Senior Leaving Certificate Examination (including Day School Certificate (Higher) General paper), 1948
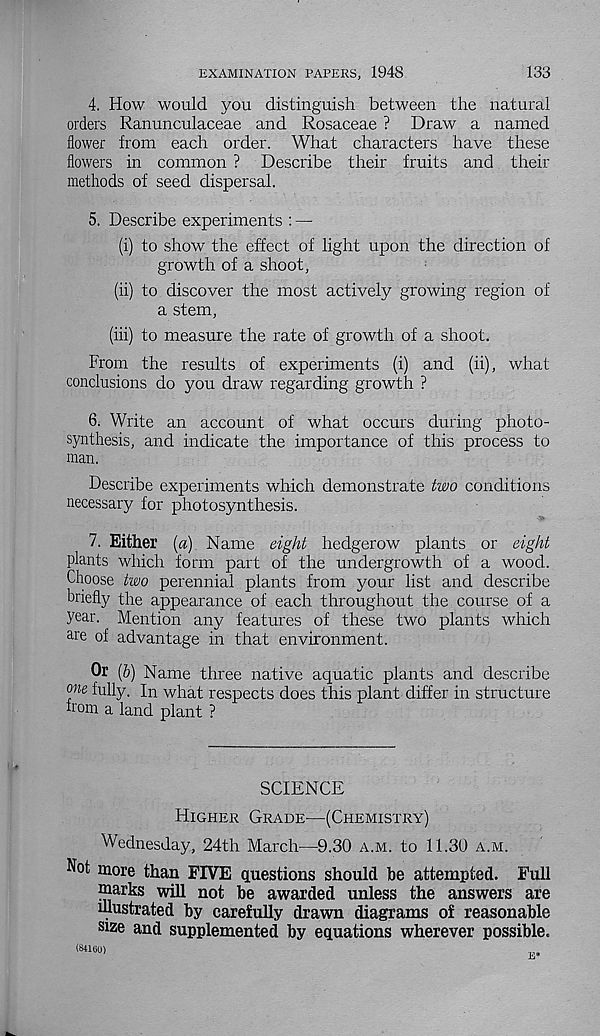
EXAMINATION PAPERS, 1948
133
4. How would you distinguish between the natural
orders Ranunculaceae and Rosaceae ? Draw a named
flower from each order. What characters have these
flowers in common ? Describe their fruits and their
methods of seed dispersal.
5. Describe experiments : —
(i) to show the effect of light upon the direction of
growth of a shoot,
(ii) to discover the most actively growing region of
a stem,
(iii) to measure the rate of growth of a shoot.
From the results of experiments (i) and (ii), what
conclusions do you draw regarding growth ?
6. Write an account of what occurs during photo-
synthesis, and indicate the importance of this process to
man.
Describe experiments which demonstrate two conditions
necessary for photosynthesis.
7. Either [a) Name eight hedgerow plants or eight
plants which form part of the undergrowth of a wood.
Choose two perennial plants from your list and describe
briefly the appearance of each throughout the course of a
year. Mention any features of these two plants which
are of advantage in that environment.
Or (&) Name three native aquatic plants and describe
one fully. In what respects does this plant differ in structure
from a land plant ?
SCIENCE
Higher Grade'—(Chemistry)
Wednesday, 24th March—9.30 a.m. to 11.30 a.m.
Not more than FIVE questions should he attempted. Full
marks will not he awarded unless the answers are
illustrated hy carefully drawn diagrams of reasonable
size and supplemented hy equations wherever possible.
(SIIUU)